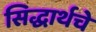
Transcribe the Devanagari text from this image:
सिद्धार्थचे